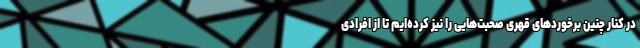
در کنار چنین برخوردهای قهری صحبت‌هایی را نیز کرده‌ایم تا از افرادی